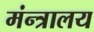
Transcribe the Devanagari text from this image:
मंन्त्रालय